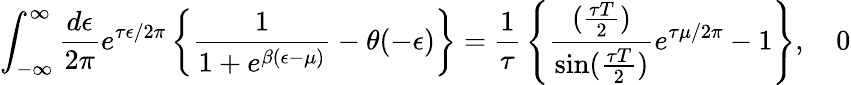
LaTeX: \int_{-\infty}^{\infty}{\frac{d\epsilon}{2\pi}}e^{\tau\epsilon/2\pi}\left\{ {\frac{1}{1+e^{\beta(\epsilon-\mu)}}}-\theta(-\epsilon)\right\} ={\frac{1}{\tau}}\left\{ {\frac{({\frac{\tau T}{2}})}{\sin({\frac{\tau T}{2}})}}e^{\tau\mu/2\pi}-1\right\} ,\quad 0